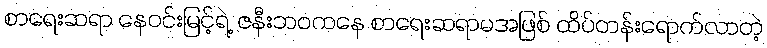
စာရေးဆရာ နေဝင်းမြင့်ရဲ့ ဇနီးဘဝကနေ စာရေးဆရာမအဖြစ် ထိပ်တန်းရောက်လာတဲ့